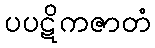
ပပဋိကဇာတံ